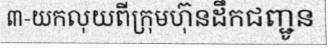
៣-យកលុយពីក្រុមហ៊ុនដឹកជញ្ជូន